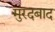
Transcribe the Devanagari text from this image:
मुरदबाद